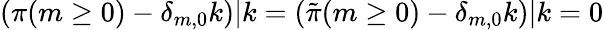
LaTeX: (\pi(m\ge 0)-\delta_{m,0}k)|k=({\tilde{\pi}}(m\ge 0)-\delta_{m,0}k)|k=0